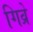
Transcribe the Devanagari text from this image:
गिव्रे